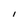
Character: I